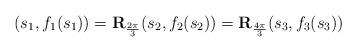
LaTeX: \begin{align*}(s_1,f_1(s_1))={\bf R}_{\frac{2\pi}{3}}(s_2,f_2(s_2))={\bf R}_{\frac{4\pi}{3}}(s_3,f_3(s_3))\end{align*}